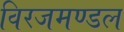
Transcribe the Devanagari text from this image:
विरजमण्डल